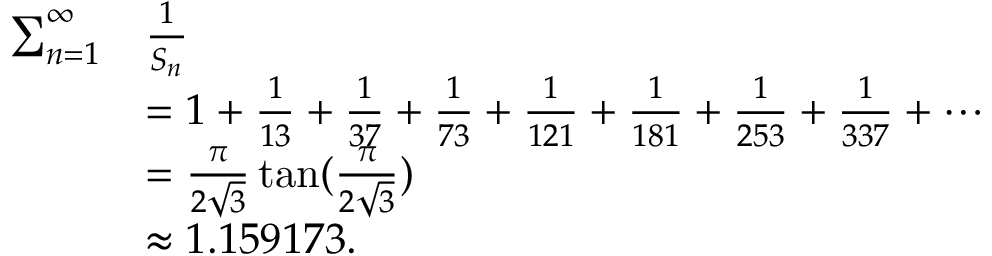
{ \begin{array} { r l } { \sum _ { n = 1 } ^ { \infty } } & { { \frac { 1 } { S _ { n } } } } \\ & { = 1 + { \frac { 1 } { 1 3 } } + { \frac { 1 } { 3 7 } } + { \frac { 1 } { 7 3 } } + { \frac { 1 } { 1 2 1 } } + { \frac { 1 } { 1 8 1 } } + { \frac { 1 } { 2 5 3 } } + { \frac { 1 } { 3 3 7 } } + \cdots } \\ & { = { \frac { \pi } { 2 { \sqrt { 3 } } } } \tan ( { \frac { \pi } { 2 { \sqrt { 3 } } } } ) } \\ & { \approx 1 . 1 5 9 1 7 3 . } \end{array} }